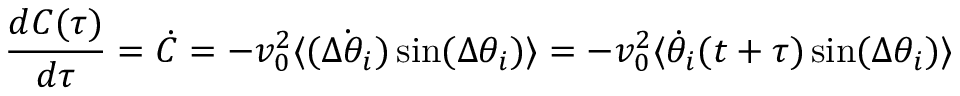
{ \frac { d C ( \tau ) } { d \tau } } = \dot { C } = - v _ { 0 } ^ { 2 } \langle \dot { ( \Delta \theta _ { i } ) } \, \mathrm { s i n } ( \Delta \theta _ { i } ) \rangle = - v _ { 0 } ^ { 2 } \langle \dot { \theta } _ { i } ( t + \tau ) \, \mathrm { s i n } ( \Delta \theta _ { i } ) \rangle